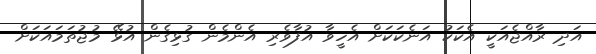
އަދި ރާއްޖެއަކީ އެކަކު އަނެކަކަށް އެހީވާ އުފާވެރި އެންމެން ގުޅިގެން އުޅޭ މުޖުތަމައަކަށް